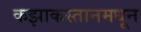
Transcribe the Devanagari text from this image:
कझाकस्तानमधून